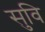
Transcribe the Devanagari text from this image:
सुवि